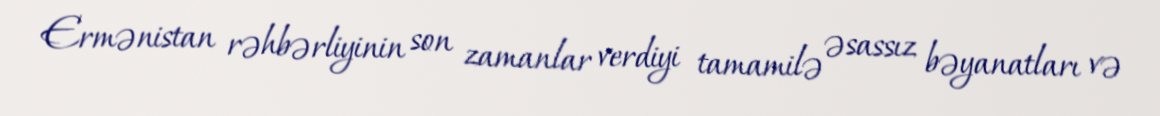
Ermənistan rəhbərliyinin son zamanlar verdiyi tamamilə əsassız bəyanatları və